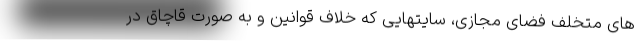
های متخلف فضای مجازی، سایتهایی که خلاف قوانین و به صورت قاچاق در